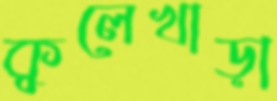
কুলেখাড়া